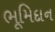
ભૂમિદાન